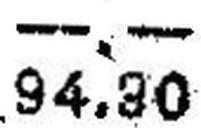
94.30